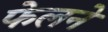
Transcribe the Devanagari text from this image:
फेलने